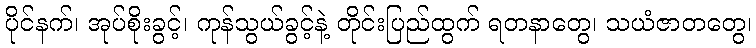
ပိုင်နက်၊ အုပ်စိုးခွင့်၊ ကုန်သွယ်ခွင့်နဲ့ တိုင်းပြည်ထွက် ရတနာတွေ၊ သယံဇာတတွေ၊